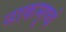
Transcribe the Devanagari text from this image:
नाकमृष्वं